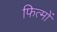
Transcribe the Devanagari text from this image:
फित्मों